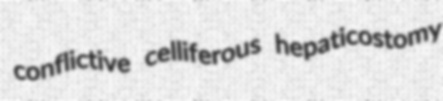
conflictive celliferous hepaticostomy